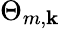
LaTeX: \Theta_{m,\mathbf{k}}